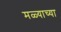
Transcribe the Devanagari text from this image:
मळ्याच्या